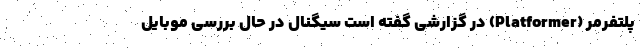
پلتفرمر (Platformer) در گزارشی گفته است سیگنال در حال بررسی موبایل